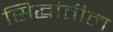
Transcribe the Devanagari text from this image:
सिद्धांतील